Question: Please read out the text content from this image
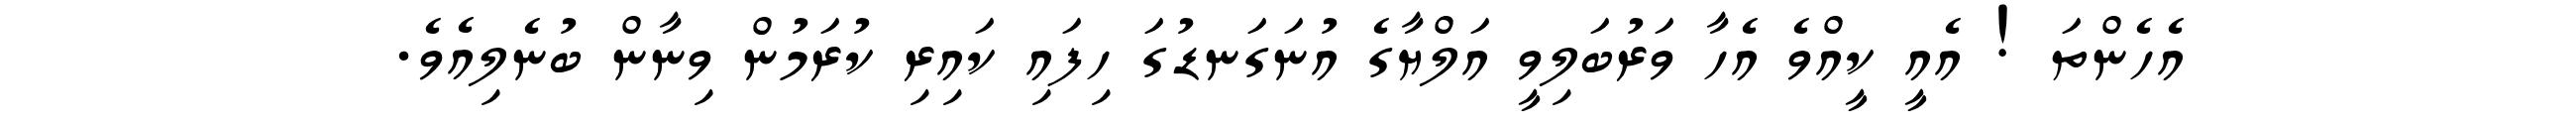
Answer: އެހެންތަ ! އެއީ ކީއްވެ އެހާ ވަރުބަލިވީ އަލްޔާގެ އުނަގަނޑުގަ ހިފައި ކައިރި ކުރަމުން ވިނާން ބުނެލިއެވެ.